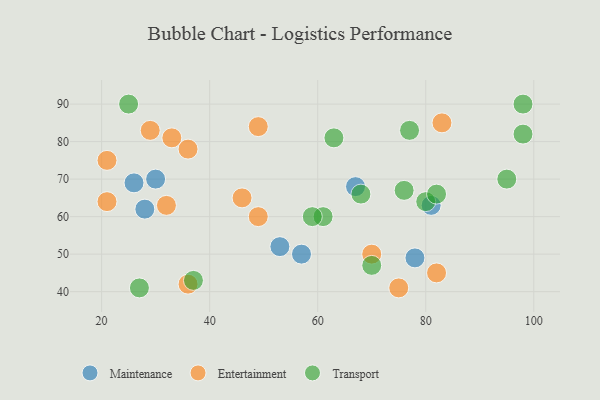
{"axis": {"x": "GDP", "y": "Life Expectancy"}, "legend": ["Entertainment", "Maintenance", "Transport"], "data": [{"x": "53", "y": 52, "type": "Maintenance"}, {"x": "78", "y": 49, "type": "Maintenance"}, {"x": "57", "y": 50, "type": "Maintenance"}, {"x": "67", "y": 68, "type": "Maintenance"}, {"x": "30", "y": 70, "type": "Maintenance"}, {"x": "26", "y": 69, "type": "Maintenance"}, {"x": "28", "y": 62, "type": "Maintenance"}, {"x": "81", "y": 63, "type": "Maintenance"}, {"x": "82", "y": 45, "type": "Entertainment"}, {"x": "21", "y": 64, "type": "Entertainment"}, {"x": "21", "y": 75, "type": "Entertainment"}, {"x": "33", "y": 81, "type": "Entertainment"}, {"x": "70", "y": 50, "type": "Entertainment"}, {"x": "49", "y": 84, "type": "Entertainment"}, {"x": "75", "y": 41, "type": "Entertainment"}, {"x": "36", "y": 78, "type": "Entertainment"}, {"x": "32", "y": 63, "type": "Entertainment"}, {"x": "29", "y": 83, "type": "Entertainment"}, {"x": "83", "y": 85, "type": "Entertainment"}, {"x": "36", "y": 42, "type": "Entertainment"}, {"x": "46", "y": 65, "type": "Entertainment"}, {"x": "49", "y": 60, "type": "Entertainment"}, {"x": "80", "y": 64, "type": "Transport"}, {"x": "37", "y": 43, "type": "Transport"}, {"x": "63", "y": 81, "type": "Transport"}, {"x": "98", "y": 90, "type": "Transport"}, {"x": "82", "y": 66, "type": "Transport"}, {"x": "76", "y": 67, "type": "Transport"}, {"x": "68", "y": 66, "type": "Transport"}, {"x": "25", "y": 90, "type": "Transport"}, {"x": "27", "y": 41, "type": "Transport"}, {"x": "95", "y": 70, "type": "Transport"}, {"x": "77", "y": 83, "type": "Transport"}, {"x": "70", "y": 47, "type": "Transport"}, {"x": "61", "y": 60, "type": "Transport"}, {"x": "59", "y": 60, "type": "Transport"}, {"x": "98", "y": 82, "type": "Transport"}]}